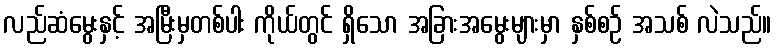
လည်ဆံမွေးနှင့် အမြီးမှတစ်ပါး ကိုယ်တွင် ရှိသော အခြားအမွေးများမှာ နှစ်စဉ် အသစ် လဲသည်။